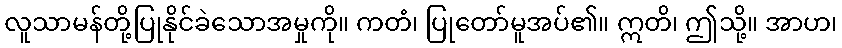
လူသာမန်တို့ပြုနိုင်ခဲသောအမှုကို။ ကတံ၊ ပြုတော်မူအပ်၏။ ဣတိ၊ ဤသို့။ အာဟ၊